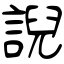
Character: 誽